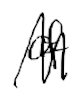
Text: of
Cross-out: zig-zag
Writing tool: digital_black